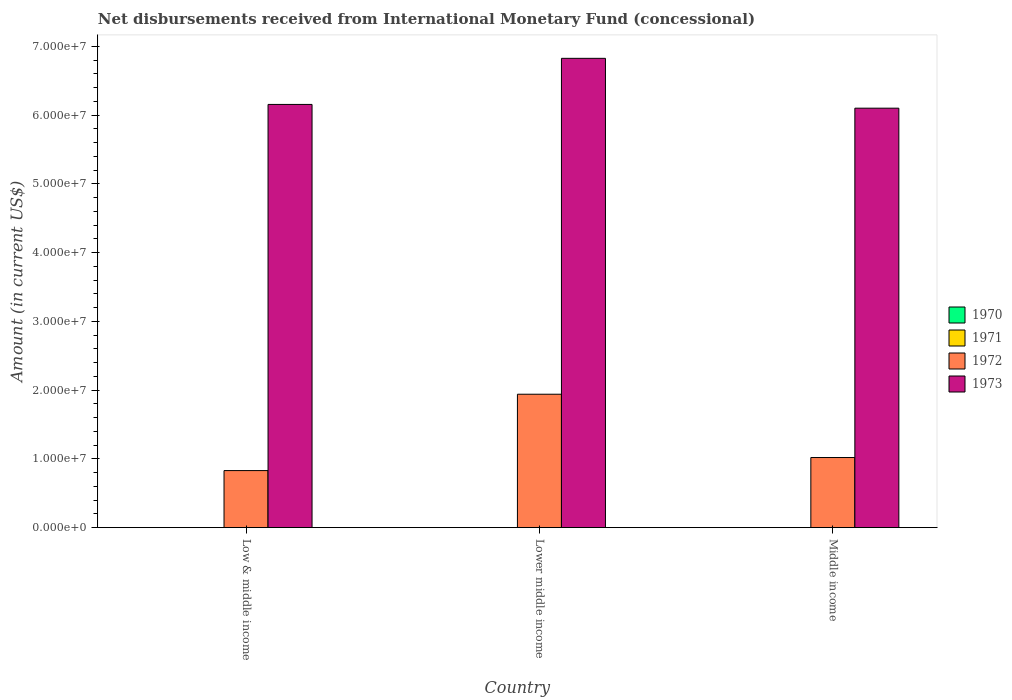
| Country | 1970 | 1971 | 1972 | 1973 |
 | --- | --- | --- | --- | --- |
 | Low & middle income | -2.02e+08 | -1.57e+07 | 8.3e+06 | 6.16e+07 |
 | Lower middle income | -2.02e+08 | -4.76e+06 | 1.94e+07 | 6.83e+07 |
 | Middle income | -2.02e+08 | -1.22e+07 | 1.02e+07 | 6.1e+07 |